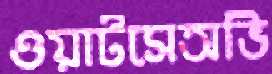
ওয়াটসেঅভি